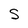
Character: S